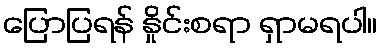
ပြောပြရန် နှိုင်းစရာ ရှာမရပါ။